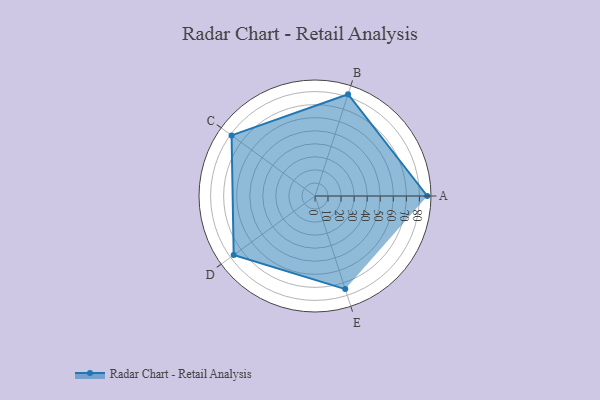
{"axis": {"x": "Skill", "y": "Score"}, "legend": ["Profile"], "data": [{"x": "A", "y": 86.0, "type": "Profile"}, {"x": "B", "y": 82.0, "type": "Profile"}, {"x": "C", "y": 79.0, "type": "Profile"}, {"x": "D", "y": 77.0, "type": "Profile"}, {"x": "E", "y": 75.0, "type": "Profile"}]}